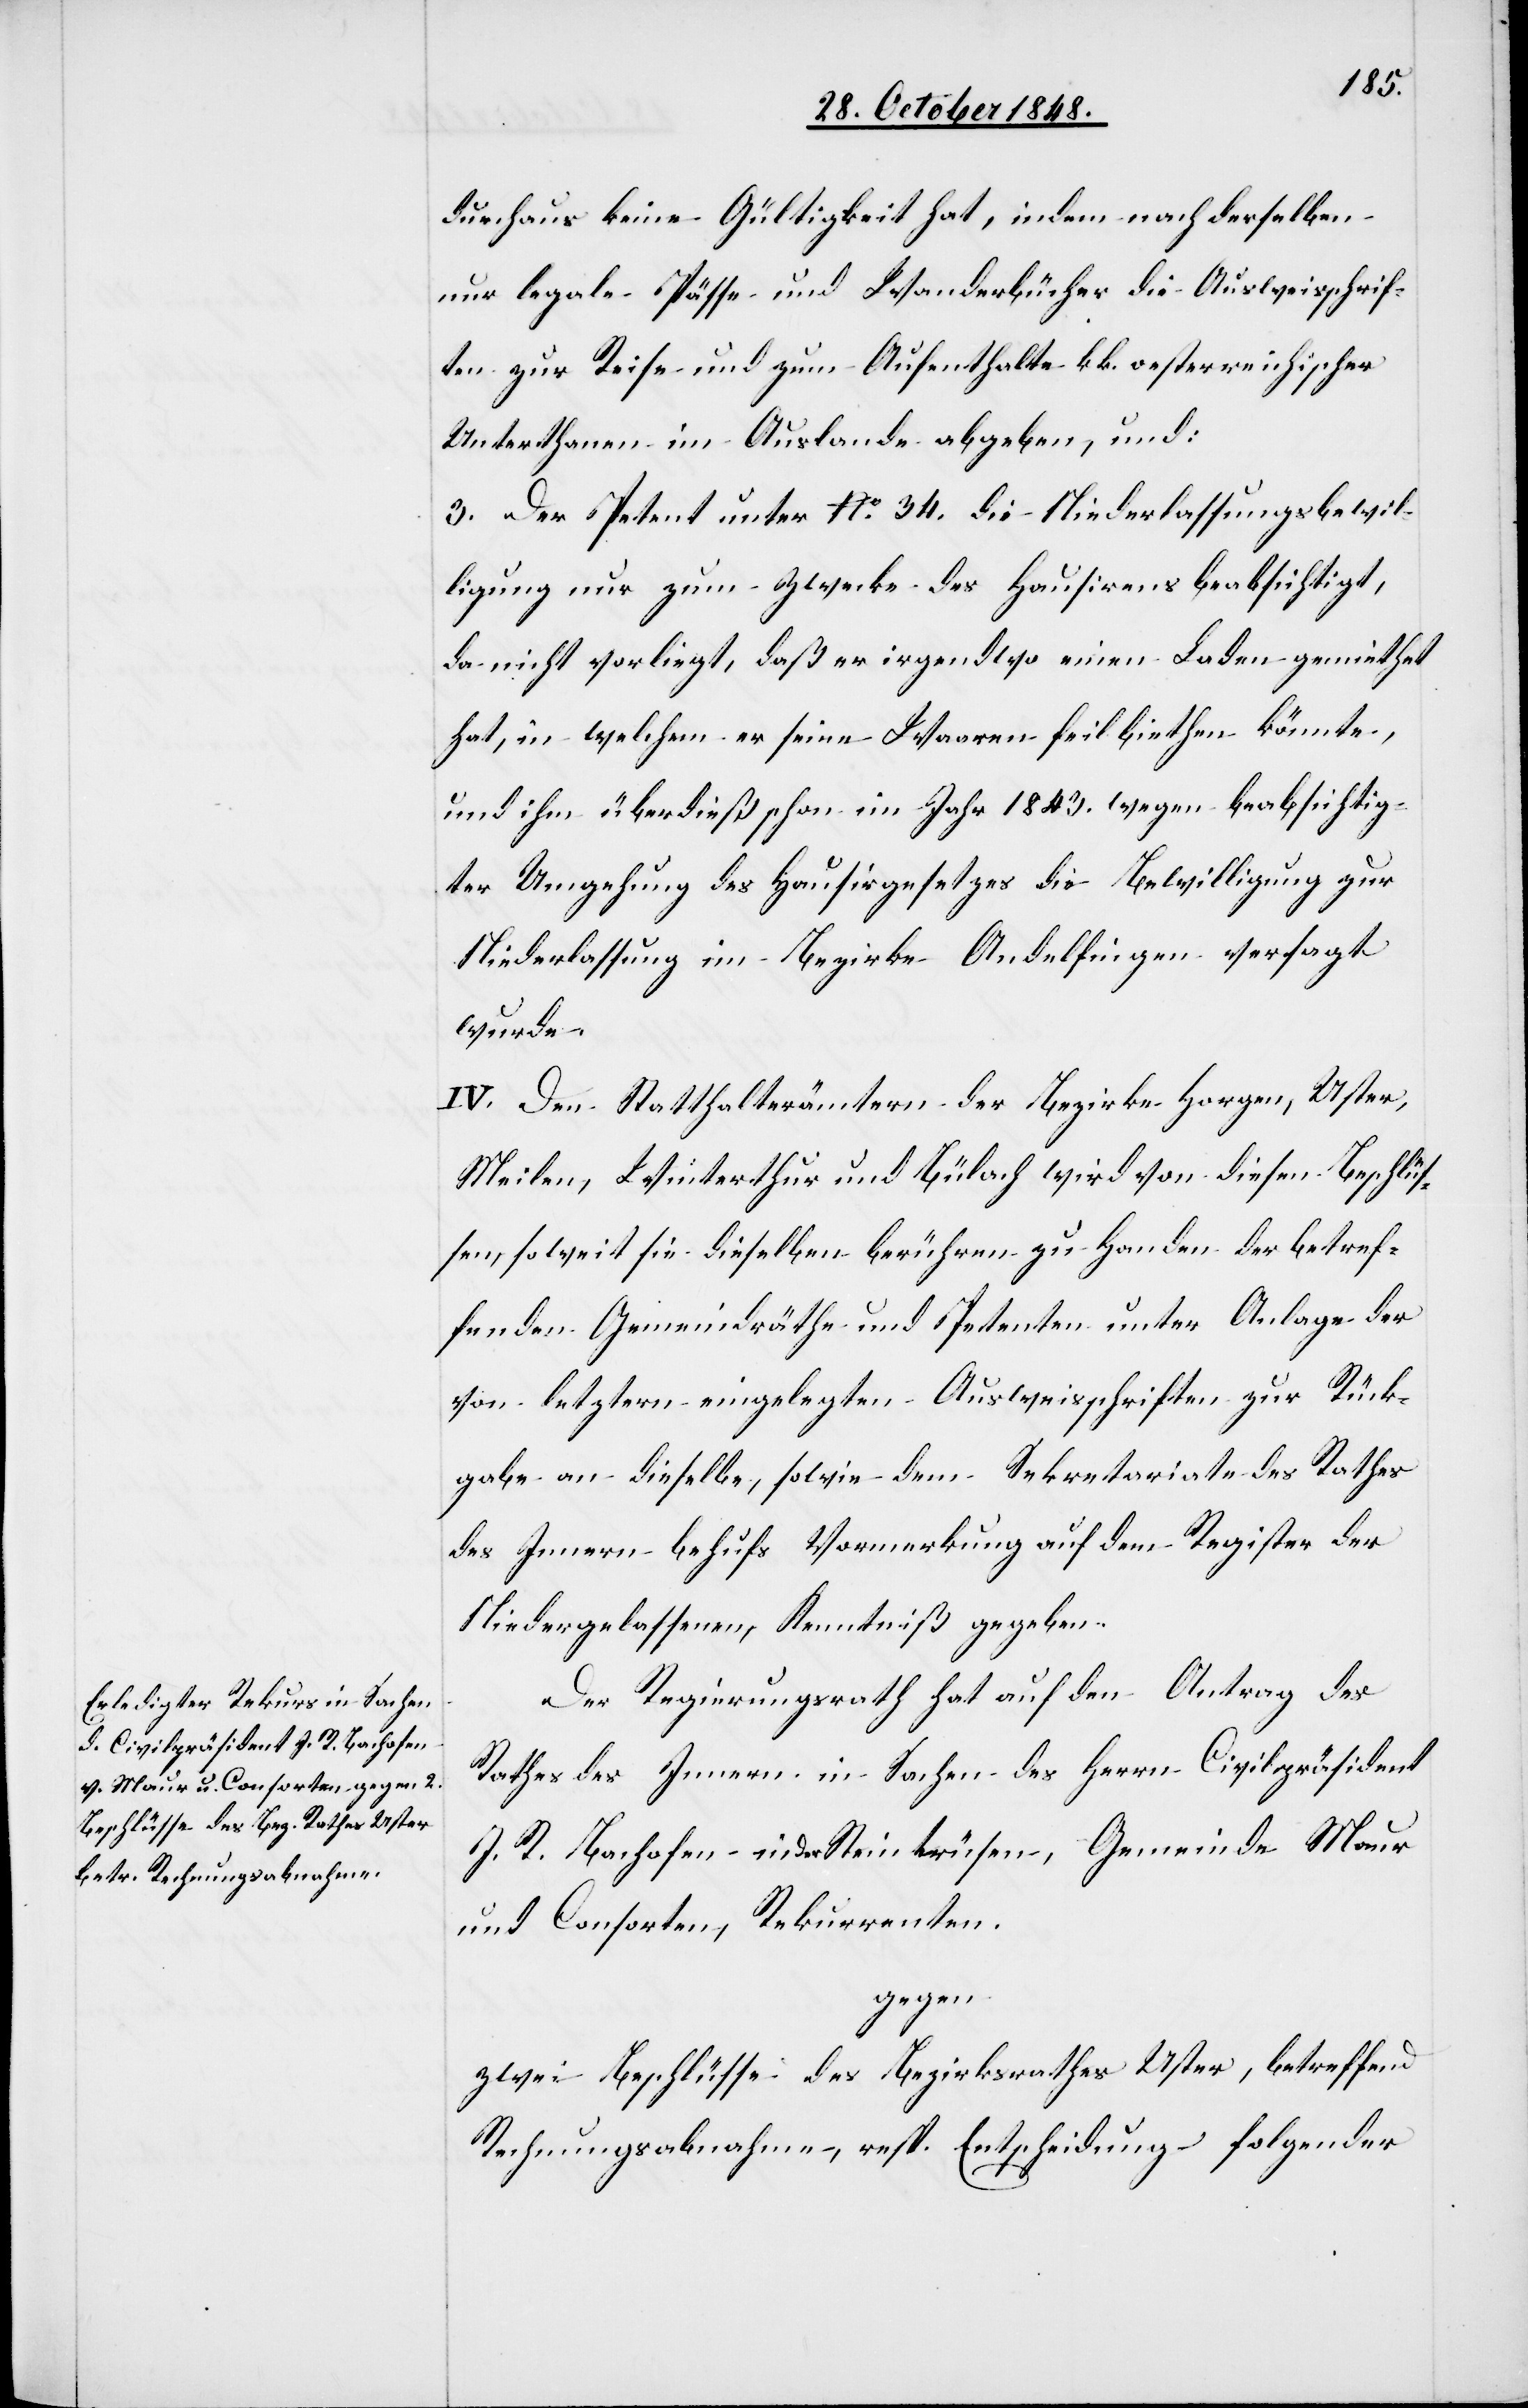
durchaus keine Gültigkeit hat, indem nach derselben
nur legale Pässe und Wanderbücher die Ausweisschrif¬
ten zur Reise und zum Aufenthalte kk. oesterreichischer
Unterthanen im Auslande abgeben, und:
3. Der Petent unter No 34. die Niederlassungsbewil¬
ligung nur zum Zwecke des Hausirens beabsichtigt,
da nicht vorliegt, daß er irgendwo einen Laden gemiethet
hat, in welchem er seine Waaren feil biethen könnte,
und ihm überdieß schon im Jahr 1843. wegen beabsichtig¬
ter Umgehung des Hausirgesetzes die Bewilligung zur
Niederlassung im Bezirke Andelfingen versagt
wurde.
IV. Den Statthalterämtern der Bezirke Horgen, Uster,
Meilen, Winterthur und Bülach wird von diesen Beschlüs¬
sen, soweit sie dieselben berühren zu Handen der betref¬
fenden Gemeindräthe und Petenten unter Anlage der
von letztern eingelegten Ausweisschriften zur Rück¬
gabe an dieselbe, sowie dem Sekretariate des Rathes
des Innern behufs Vormerkung auf dem Register der
Niedergelassenen, Kenntniß gegeben.
Der Regierungsrath hat auf den Antrag des
Rathes des Innern in Sachen des Herrn Civilpräsident
J. R. Bachofen in der Steinkrüsen, Gemeinde Maur
und Consorten, Rekurrenten.
gegen
zwei Beschlüsse des Bezirksrathes Uster, betreffend
Rechnungsabnahme, resp. Entscheidung folgender